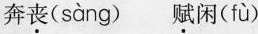
奔丧( sàng )赋闲( fù )